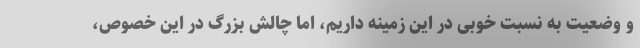
و وضعیت به نسبت خوبی در این زمینه داریم، اما چالش بزرگ در این خصوص،